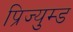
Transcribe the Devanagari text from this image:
प्रिज्युम्ड